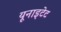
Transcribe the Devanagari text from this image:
यूनाइटेट